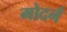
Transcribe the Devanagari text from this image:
मोदर्न